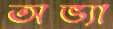
অভ্যা